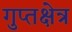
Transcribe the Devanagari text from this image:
गुप्तक्षेत्र